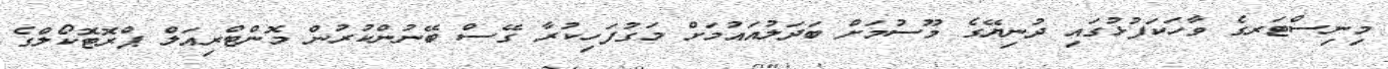
މިނިސްޓަރގެ ވާހަކަފުޅުގައި ދުނިޔޭގެ މޫސުމަށް ބަދަލުއައުމަށް މަގުފަހިކުރާ ގޭސް ބޭނުންކުރުން މޮންޓްރިއަލް ޕްރޮޓޮކޯލްގެ